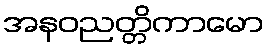
အနဝညတ္တိကာမော